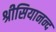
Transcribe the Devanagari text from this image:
श्रीसियानन्द